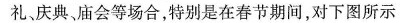
礼、庆典、庙会等场合，特别是在春节期间，对下图所示